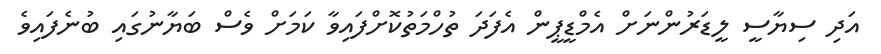
އަދި ސިޔާސީ ލީޑަރުންނަށް އެމްޑީޕީން އެފަދަ ތުހްމަތުކޮށްފައިވާ ކަމަށް ވެސް ބަޔާނުގައި ބުނެފައިވެ